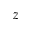
z